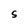
Character: S